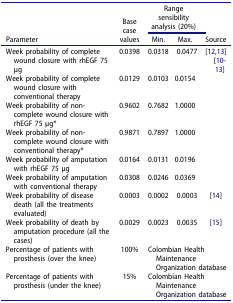
| <ROWSPAN=2> Parameter | <ROWSPAN=2> Base case values | <COLSPAN=2> Range sensibility analysis (20%) | <ROWSPAN=2> Source |
 | Min. | Max. |
 | --- | --- | --- | --- | --- |
 | Week probability of complete wound closure with rhEGF 75 μg | 0.0398 | 0.0318 | 0.0477 | <ROWSPAN=6> [12,13][10-13] |
 | Week probability of complete wound closure with conventional therapy | 0.0129 | 0.0103 | 0.0154 |
 | Week probability of non-complete wound closure with rhEGF 75 μg* | 0.9602 | 0.7682 | 1.0000 |
 | Week probability of non-complete wound closure with conventional therapy* | 0.9871 | 0.7897 | 1.0000 |
 | Week probability of amputation with rhEGF 75 μg | 0.0164 | 0.0131 | 0.0196 |
 | Week probability of amputation with conventional therapy | 0.0308 | 0.0246 | 0.0369 |
 | Week probability of disease death (all the treatments evaluated) | 0.0003 | 0.0002 | 0.0003 | [14] |
 | Week probability of death by amputation procedure (all the cases) | 0.0029 | 0.0023 | 0.0035 | [15] |
 | Percentage of patients with prosthesis (over the knee) | 100% | <COLSPAN=3> Colombian Health Maintenance Organization database |
 | Percentage of patients with prosthesis (under the knee) | 15% | <COLSPAN=3> Colombian Health Maintenance Organization database |